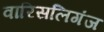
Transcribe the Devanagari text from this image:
वारिसलिगंज